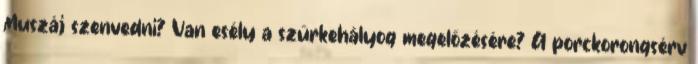
Muszáj szenvedni? Van esély a szürkehályog megelőzésére? A porckorongsérv